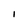
Character: I